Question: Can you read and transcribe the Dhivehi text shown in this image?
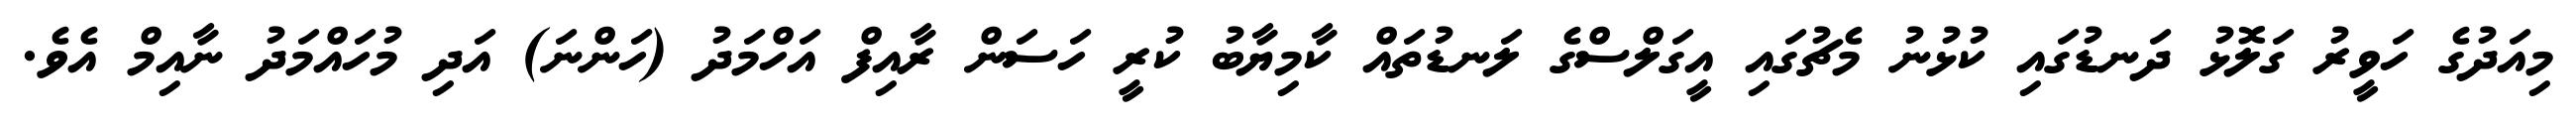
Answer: މިއަދުގެ ހަވީރު ގަލޮޅު ދަނޑުގައި ކުޅުނު މެޗުގައި އީގަލްސްގެ ލަނޑުތައް ކާމިޔާބު ކުރީ ހަސަން ރާއިފް އަހްމަދު (ހަންނަ) އަދި މުހައްމަދު ނާއިމް އެވެ.